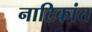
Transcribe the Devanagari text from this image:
नाटिकांत